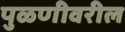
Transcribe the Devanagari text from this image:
पुळणीवरील